V__Kingissepa_nim__kolhoos, lk 21
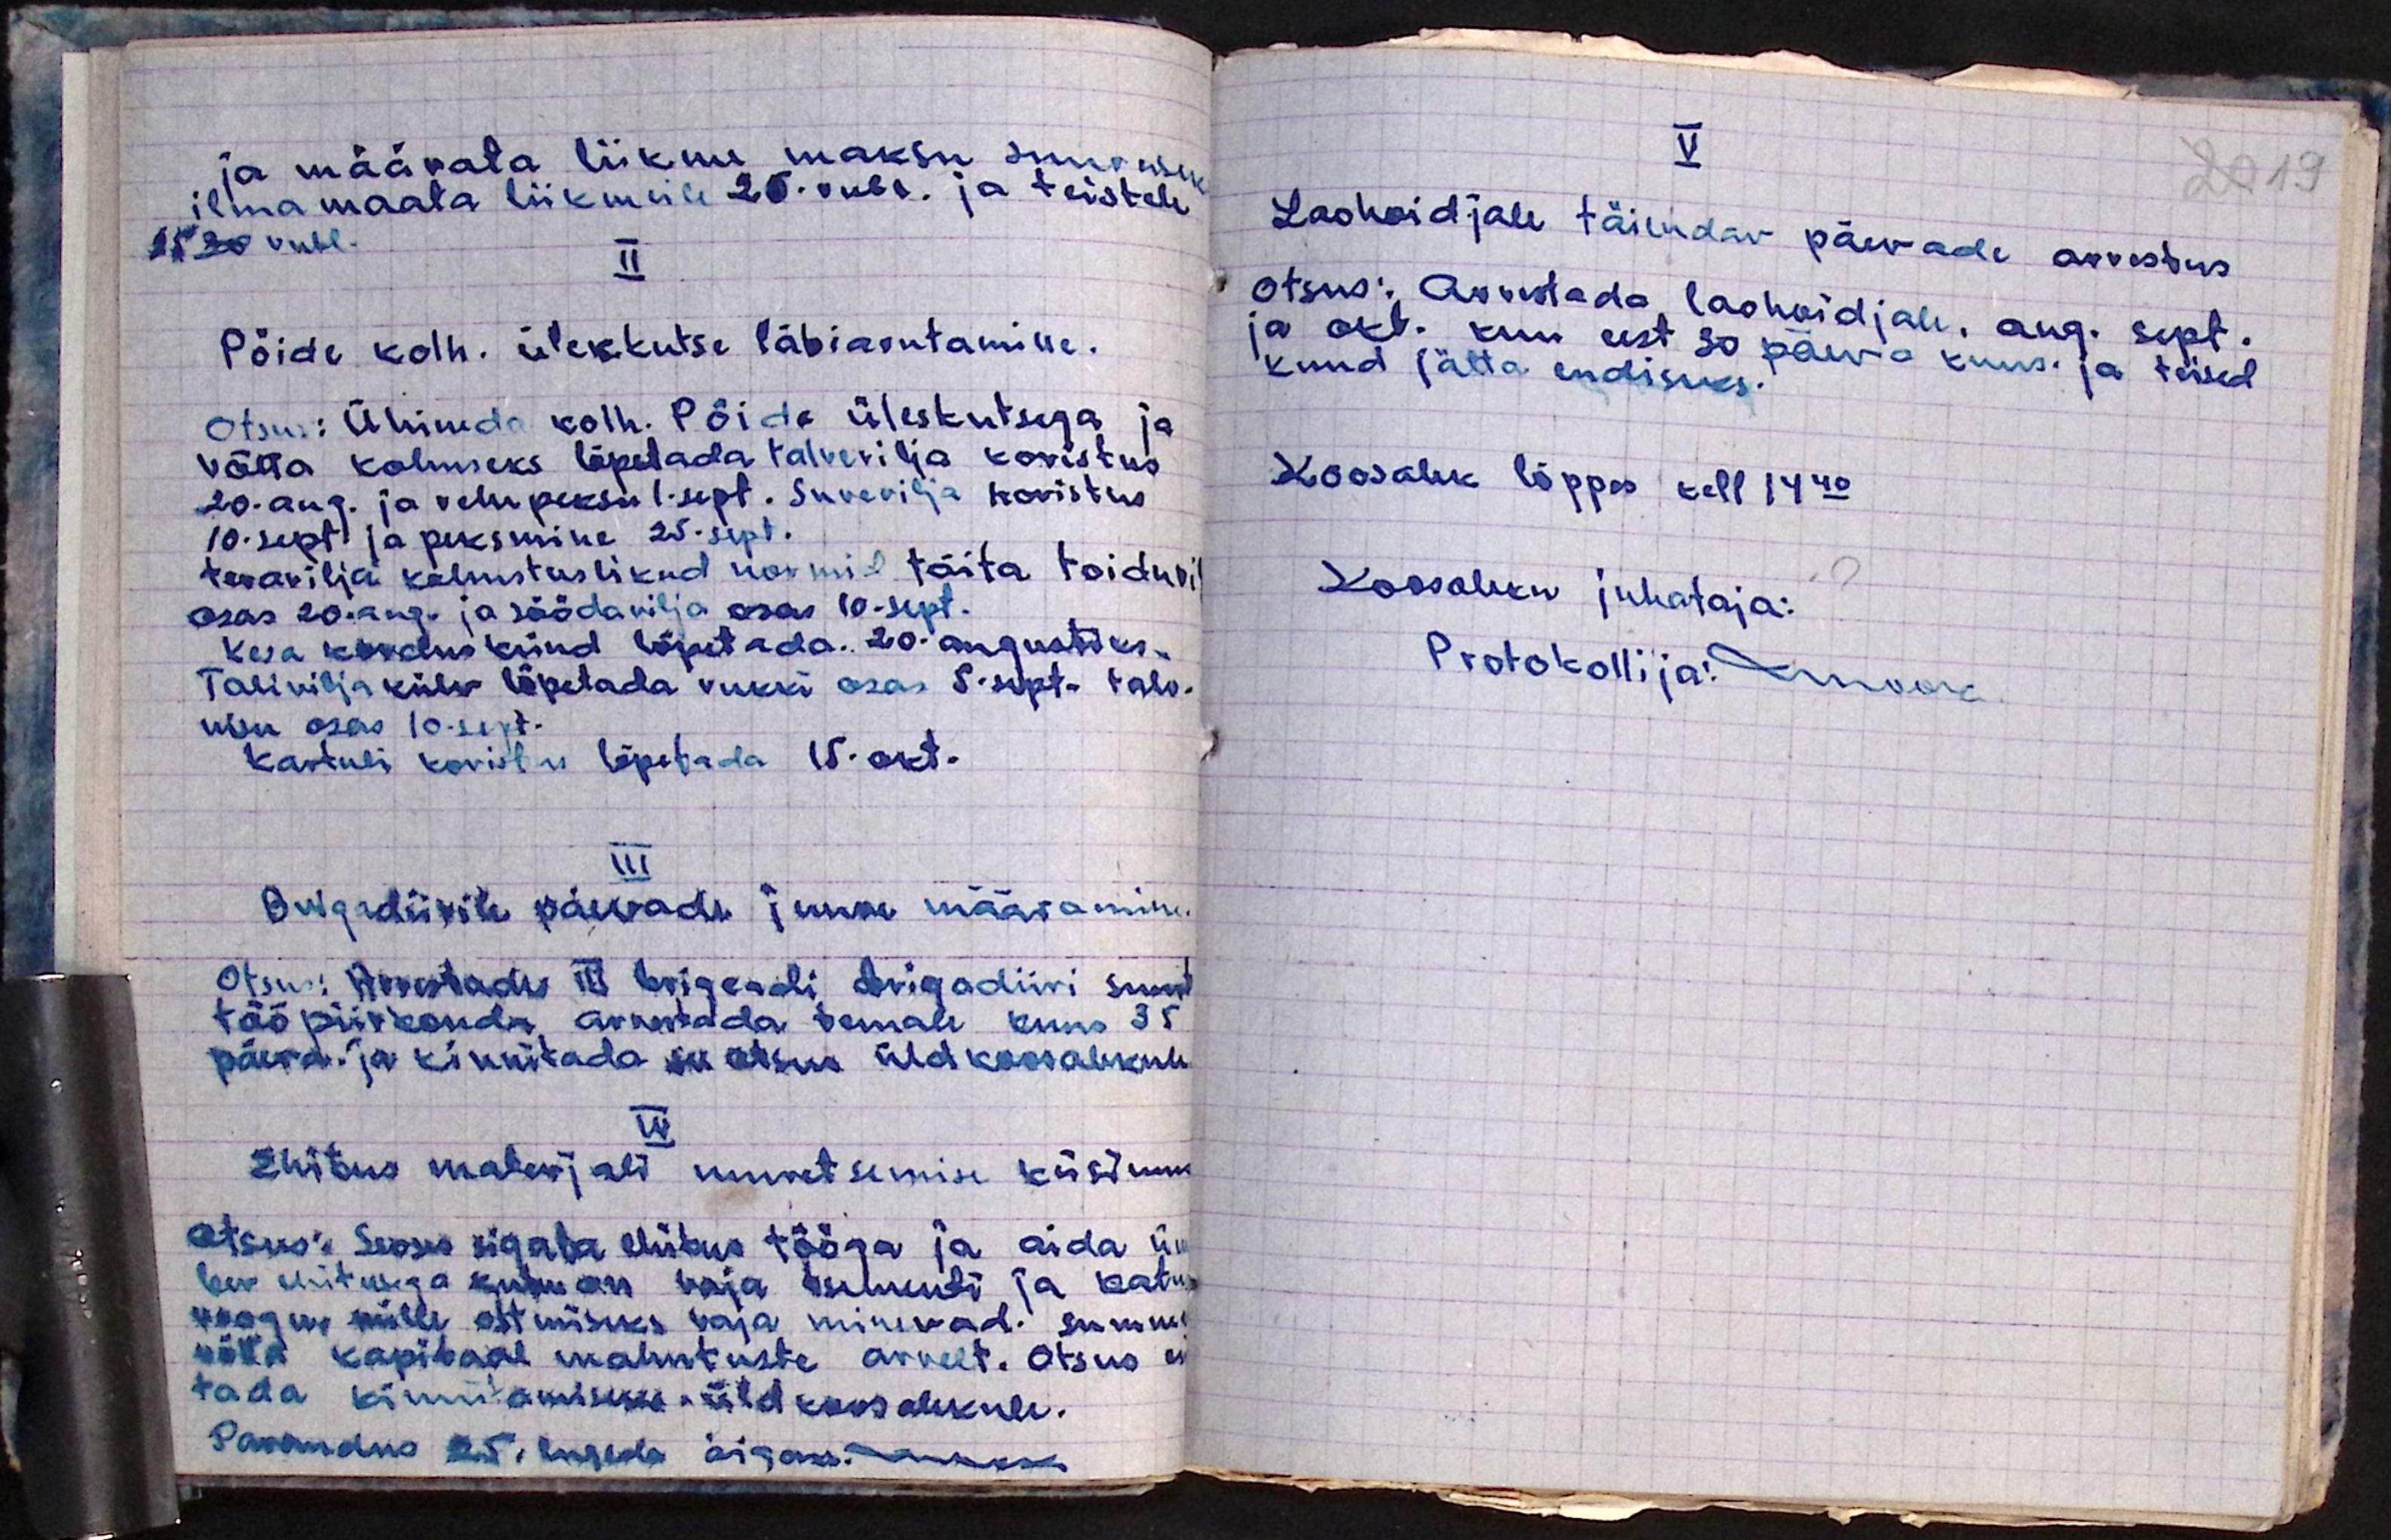
ja määrata liikme maksu suurusek
ilma maata liikmeile 20 rubl. ja teistele
25 rubl.
II
Pöide kolh. üleskutse läbiarutamine.
Otsus: Ühineda kolh. Pöide üleskutsega ja
võtta kohuseks lõpetada talvevilja koristus
20.aug. ja rehepeksu 1.sept. Suvevilja koristus
10.sept ja peksmine 25. sept.
teravilja kohustuslikud normid täita toiduvi
osas 20.aug. ja söödavilja osas 10.sept.
Kesa korduskünd lõpetada. 20.augustiks.
Talivilja külv lõpetada rukki osas 5.sept. talv-
nisu osas 10.sept.
Kartuli koristus lõpetada 15. okt.
III
Brigadiirile päevade juure määramine.
Otsus: Arvestades III brigaadi brigadiiri suurt
tööpiirkonda arvestada temale kuus 35
päeva. ja kinnitada see otsus üldkoosolekule
IV
Ehitus materjali muretsemise küsimus
Otsus: Seoses sigala ehitus tööga ja aida üm
ber ehitusega kuhu on vaja tsementi ja katu
roogu, mille ostmiseks vaja minevad. summa
võtta kapitaal mahutuste arvelt. Otsus es
tada kinnitamiseks üldkoosolekule.
Parandus 25. lugeda õigeks. makki

V
Laohoidjale täiendav päevade arvestus
Otsus: Arvestada laohoidjale, aug. sept.
ja okt. kuu eest 30 päeva kuus. ja teised
kuud jätta endiseks.
Koosolek lõppes kell 14.40
Koosoleku juhataja:
Protokollija: Innok